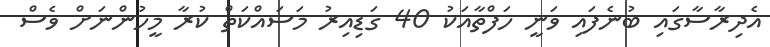
އެދިރާސާގައި ބުނެފައި ވަނީ ހަފްތާއަކު 40 ގަޑިއިރު މަސައްކަތް ކުރާ މީހުންނަށް ވެސް